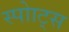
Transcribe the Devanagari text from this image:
स्पोाट्स